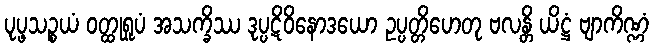
ပုပ္ဖသဉ္စယံ ဝတ္ထုရူပံ အသက္ခိဿ ဒုပ္ပဋိဝိနောဒယော ဥပ္ပတ္တိဟေတု ဗလန္တိ ယိဋ္ဌံ ဗျာကိဏ္ဏံ